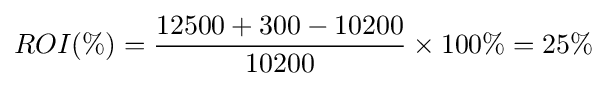
ROI(\%)={\frac {12500+300-10200}{10200}}\times 100\%=25\%